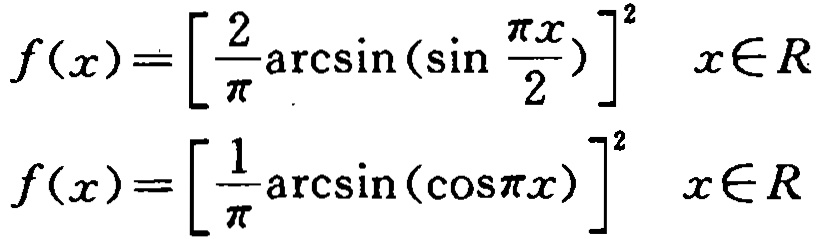
\[
f(x)=\left[\frac{2}{\pi}\arcsin\left(\sin\frac{\pi x}{2}\right)\right]^{2}\quad x\in\mathbb{R}
\]
\[
f(x)=\left[\frac{1}{\pi}\arcsin(\cos\pi x)\right]^{2}\quad x\in\mathbb{R}
\]